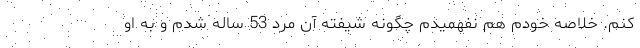
کنم. خلاصه خودم هم نفهمیدم چگونه شیفته آن مرد 53 ساله شدم و به او